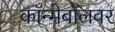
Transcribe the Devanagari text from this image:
कॉन्मेबॉलवर